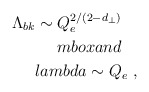
\begin{align*}\Lambda_{bk} \sim Q_e^{2/(2-d_\perp)} \ \ \ \\mbox{and} \ \ \ \\lambda \sim Q_e\ ,\end{align*}